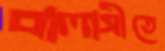
বালাসীতে